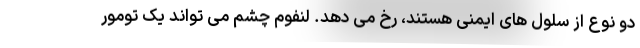
دو نوع از سلول های ایمنی هستند، رخ می دهد. لنفوم چشم می تواند یک تومور